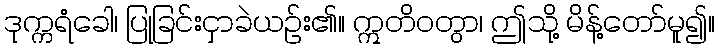
ဒုက္ကရံခေါ၊ ပြုခြင်းငှာခဲယဉ်း၏။ ဣတိဝတွာ၊ ဤသို့ မိန့်တော်မူ၍။